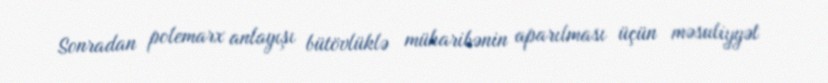
Sonradan polemarx anlayışı bütövlüklə müharibənin aparılması üçün məsuliyyət